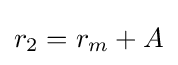
r_{2}=r_{m}+A